Indian journal of veterinary science and animal husbandry - Volume 5,
Year: 1935
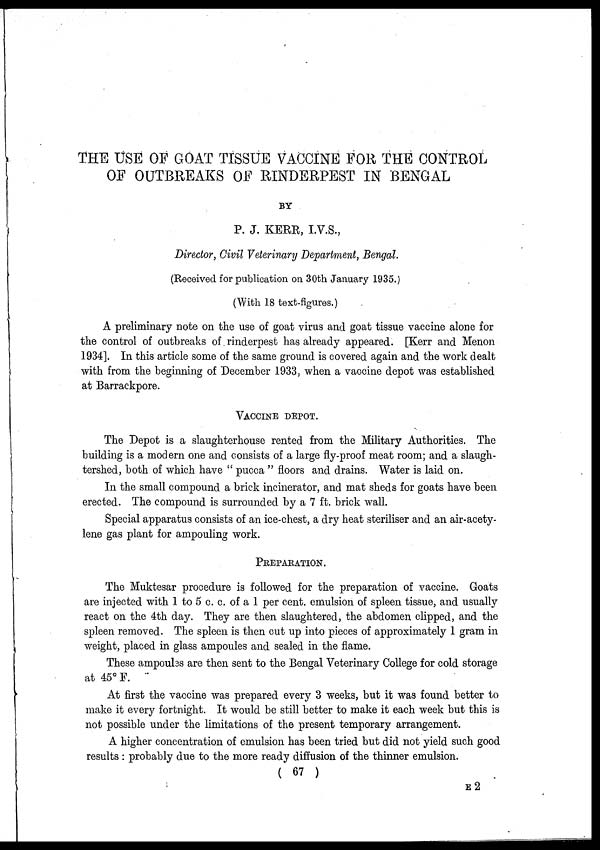
THE USE OF GOAT TISSUE VACCINE FOR THE CONTROL
OF OUTBREAKS OF RINDERPEST IN BENGAL
BY
P. J. KERR, I.V.S.,
Director, Civil Veterinary Department, Bengal.
(Received for publication on 30th January 1935.)
(With 18 text-figures.)
A preliminary note on the use of goat virus and goat tissue vaccine alone for
the control of outbreaks of rinderpest has already appeared. [Kerr and Menon
1934]. In this article some of the same ground is covered again and the work dealt
with from the beginning of December 1933, when a vaccine depot was established
at Barrackpore.
VACCINE DEPOT.
The Depot is a slaughterhouse rented from the Military Authorities. The
building is a modern one and consists of a large fly-proof meat room; and a slaugh-
tershed, both of which have " pucca " floors and drains. Water is laid on.
In the small compound a brick incinerator, and mat sheds for goats have been
erected. The compound is surrounded by a 7 ft. brick wall.
Special apparatus consists of an ice-chest, a dry heat steriliser and an air-acety-
-ene gas plant for ampouling work.
PREPARATION.
The Muktesar procedure is followed for the preparation of vaccine. Goats
are injected with 1 to 5 c. c. of a 1 per cent. emulsion of spleen tissue, and usually
react on the 4th day. They are then slaughtered, the abdomen clipped, and the
spleen removed. The spleen is then cut up into pieces of approximately 1 gram in
weight, placed in glass ampoules and sealed in the flame.
These ampoules are then sent to the Bengal Veterinary College for cold storage
at 45° F.
At first the vaccine was prepared every 3 weeks, but it was found better to
make it every fortnight. It would be still better to make it each week but this is
not possible under the limitations of the present temporary arrangement.
A higher concentration of emulsion has been tried but did not yield such good
results : probably due to the more ready diffusion of the thinner emulsion.
( 67 )
E 2